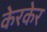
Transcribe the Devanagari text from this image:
केरकेर